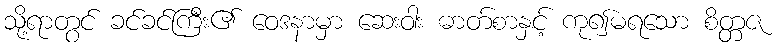
သို့ရာတွင် ခင်ခင်ကြီး၏ ဝေဒနာမှာ ဆေးဝါး ဓာတ်စာနှင့် ကု၍မရသော စိတ္တဇ